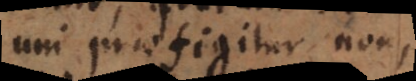
uni praefigitur non,